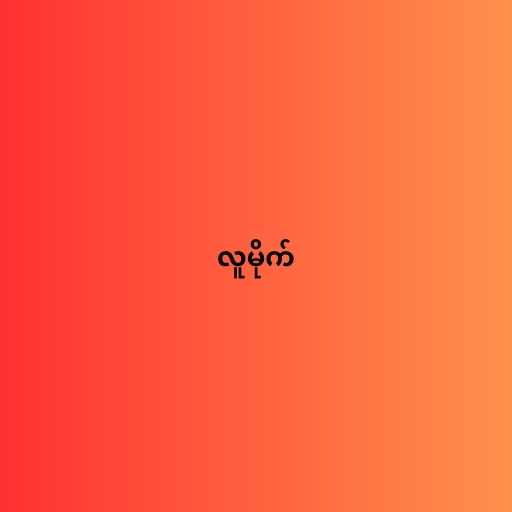
လူမိုက်